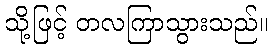
သို့ဖြင့် တလကြာသွားသည်။